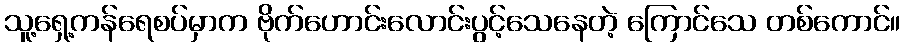
သူ့ရှေ့ကန်ရေစပ်မှာက ဗိုက်ဟောင်းလောင်းပွင့်သေနေတဲ့ ကြောင်သေ တစ်ကောင်။